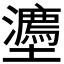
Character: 𭐉